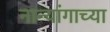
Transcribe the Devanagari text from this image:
नान्यांगाच्या